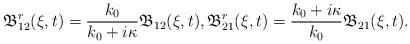
LaTeX: \begin{align*} \mathfrak{B}^r_{12}(\xi,t)=\frac{k_0}{k_0+i\kappa}\mathfrak{B}_{12}(\xi,t), \mathfrak{B}^r_{21}(\xi,t)=\frac{k_0+i\kappa}{k_0}\mathfrak{B}_{21}(\xi,t).\end{align*}